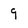
Character: 9